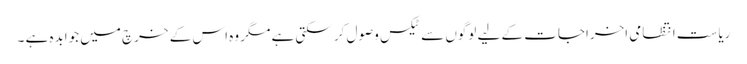
ریاست انتظامی اخراجات کے لیے لوگوں سے ٹیکس وصول کر سکتی ہے مگر وہ اس کے خرچ میں جوابدہ ہے ۔